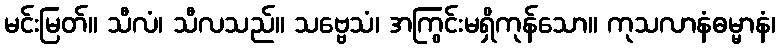
မင်းမြတ်။ သီလံ၊ သီလသည်။ သဗ္ဗေသံ၊ အကြွင်းမရှိကုန်သော။ ကုသလာနံဓမ္မာနံ၊